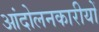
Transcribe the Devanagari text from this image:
आंदोलनकारीयों